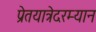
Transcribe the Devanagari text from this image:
प्रेतयात्रेदरम्यान